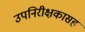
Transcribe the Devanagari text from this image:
उपनिरीक्षकासह